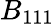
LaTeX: B_{111}